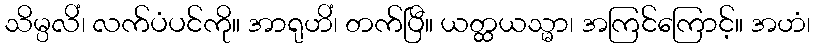
သိမ္ပလိံ၊ လက်ပံပင်ကို။ အာရုဟိံ၊ တက်ပြီ။ ယတ္ထယသ္မာ၊ အကြင်ကြောင့်။ အဟံ၊